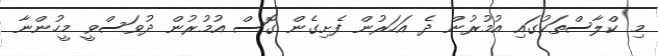
މި ކްލާސްތަކުގައި އުމުރުން ދެ އަހަރުން ފެށިގެން ގޮސް އުމުރުން ދުވަސްވީ މީހުންނާ